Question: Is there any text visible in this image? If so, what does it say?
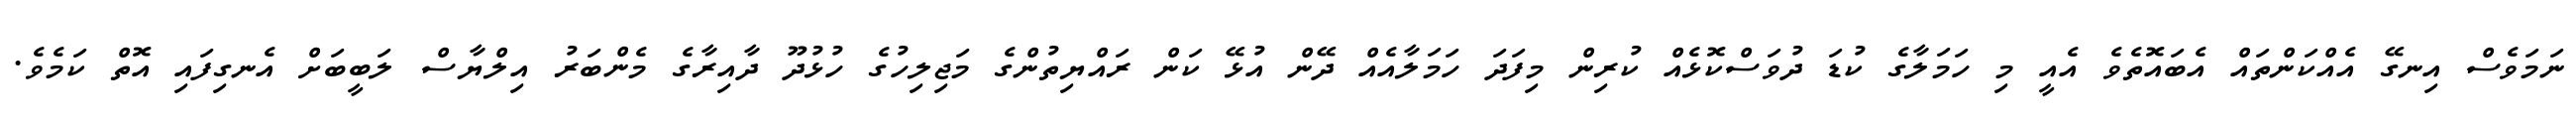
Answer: ނަމަވެސް އިނގޭ އެއްކަންތައް އެބައޮތެވެ އެއީ މި ހަމަލާގެ ކުޑަ ދުވަސްކޮޅެއް ކުރިން މިފަދަ ހަމަލާއެއް ދޭން އުޅޭ ކަން ރައްޔިތުންގެ މަޖިލިހުގެ ހުޅުދޫ ދާއިރާގެ މެންބަރު އިލްޔާސް ލަބީބަށް އެނގިފައި އޮތް ކަމެވެ.